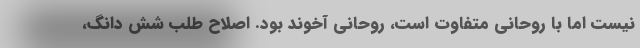
نیست اما با روحانی متفاوت است، روحانی آخوند بود. اصلاح طلب شش دانگ،